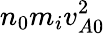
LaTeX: n_{0}m_{i}v_{A0}^{2}